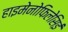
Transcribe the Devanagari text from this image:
हाइमेनोफिलेसिई